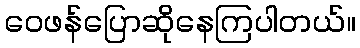
ဝေဖန်ပြောဆိုနေကြပါတယ်။